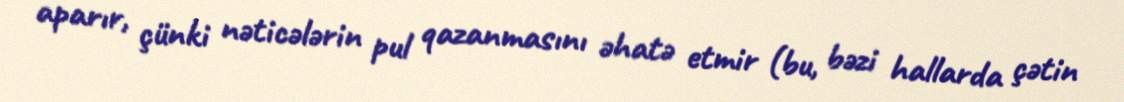
aparır, çünki nəticələrin pul qazanmasını əhatə etmir (bu, bəzi hallarda çətin